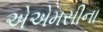
એએમસીના